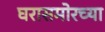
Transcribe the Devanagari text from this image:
घरासमोरच्या